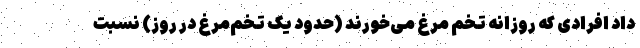
داد افرادی که روزانه تخم مرغ می‌خورند (حدود یک تخم‌مرغ در روز) نسبت